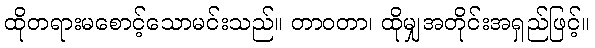
ထိုတရားမစောင့်သောမင်းသည်။ တာဝတာ၊ ထိုမျှအတိုင်းအရှည်ဖြင့်။